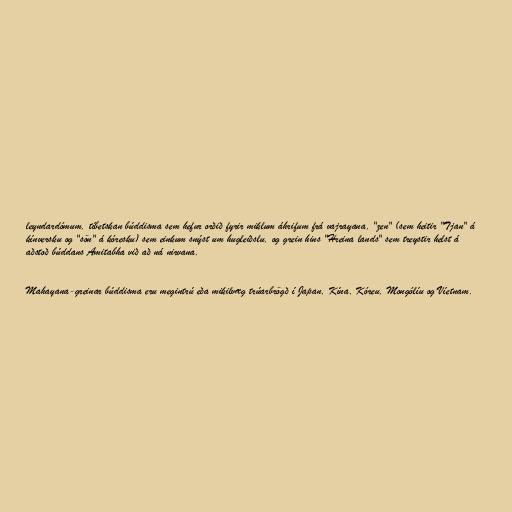
leyndardómum, tíbetskan búddisma sem hefur orðið fyrir miklum áhrifum frá vajrayana, "zen" (sem heitir "Tjan" á
kínversku og "sön" á kóresku) sem einkum snýst um hugleiðslu, og grein hins "Hreina lands" sem treystir helst á
aðstoð búddans Amitabha við að ná nirvana.

Mahayana-greinar búddisma eru megintrú eða mikilvæg trúarbrögð í Japan, Kína, Kóreu, Mongólíu og Víetnam.